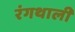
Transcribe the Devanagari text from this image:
रंगथाली